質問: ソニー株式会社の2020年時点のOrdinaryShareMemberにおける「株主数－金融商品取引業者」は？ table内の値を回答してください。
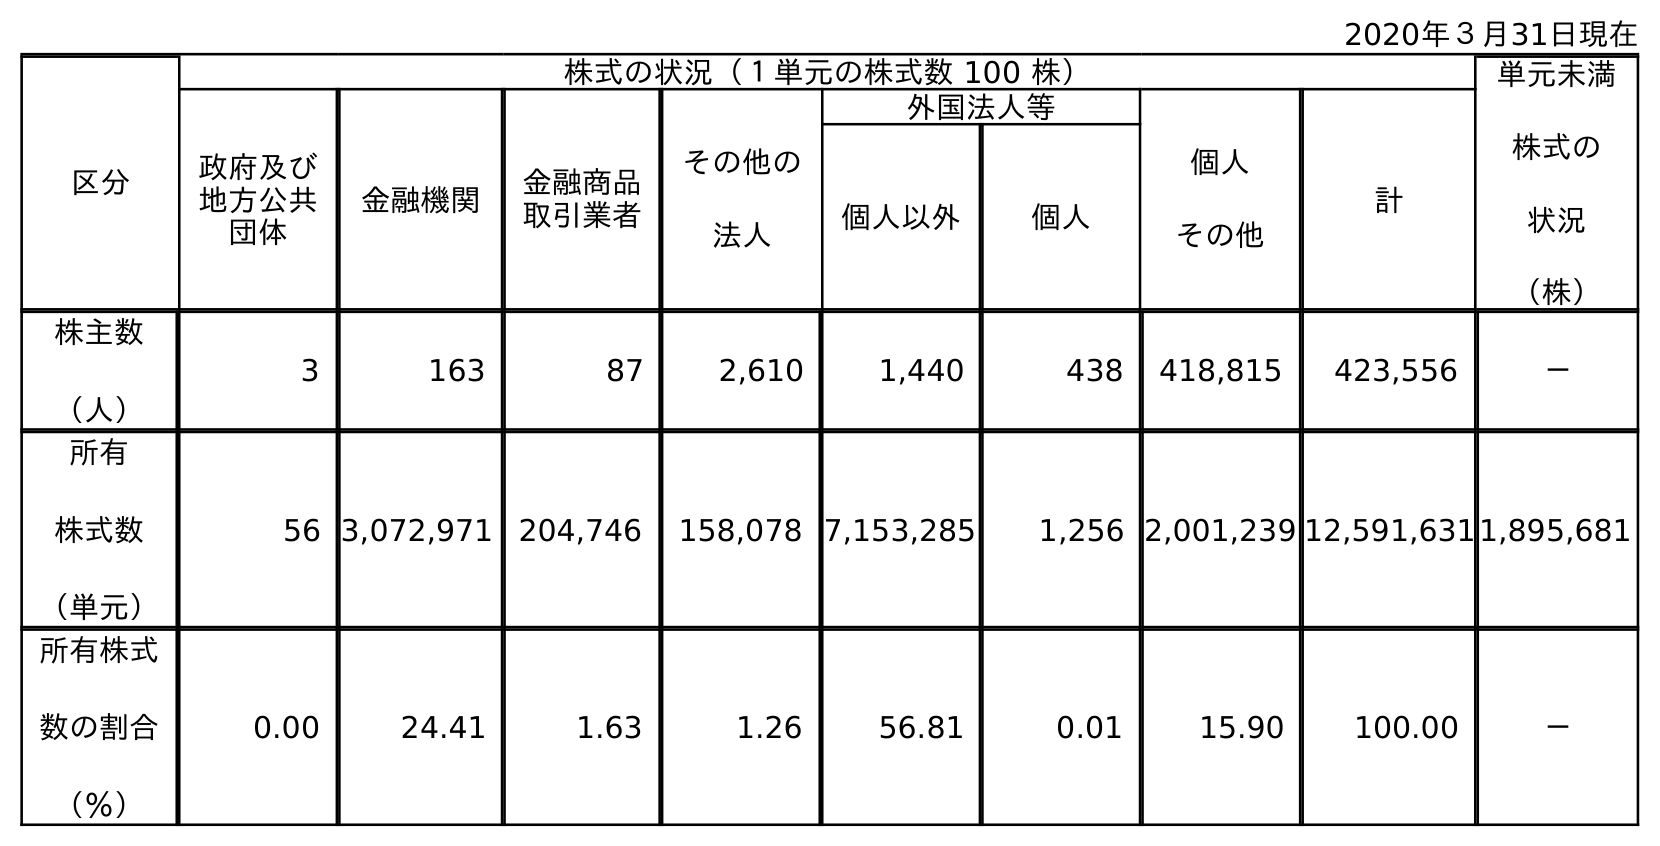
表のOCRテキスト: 2020年３月31日現在 区分 株式の状況（１単元の株式数 100 株） 単元未満 株式の 状況 （株） 政府及び 地方公共 団体 金融機関 金融商品 取引業者 その他の 法人 外国法人等 個人 その他 計 個人以外 個人 株主数 （人） 3 163 87 2,610 1,440 438 418,815 423,556 － 所有 株式数 （単元） 56 3,072,971 204,746 158,078 7,153,285 1,256 2,001,239 12,591,6311,895,681 所有株式 数の割合 （％） 0.00 24.41 1.63 1.26 56.81 0.01 15.90 100.00 －
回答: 87